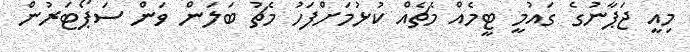
މިއީ ޖަޕާނުގެ ގައުމީ ޓީމެއް މެޗެއް ކުޅުމަށްފަހު މެޗު ބަލަން ވަން ސަޕޯޓަރުން